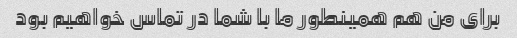
برای من هم همینطور ما با شما در تماس خواهیم بود